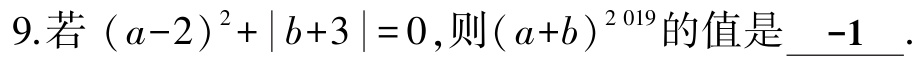
9.若\((a - 2)^2 + |b + 3| = 0\),则\((a + b)^{2019}\)的值是\(-1\).